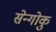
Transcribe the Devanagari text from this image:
सेन्गोकु